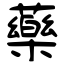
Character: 藥